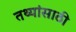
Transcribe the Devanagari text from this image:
तथ्यांसाठी